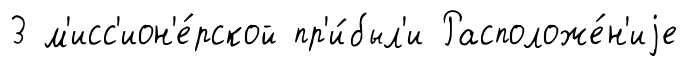
3 м'исс'ион'е́рской пр'и́был'и Расположе́н'иjе